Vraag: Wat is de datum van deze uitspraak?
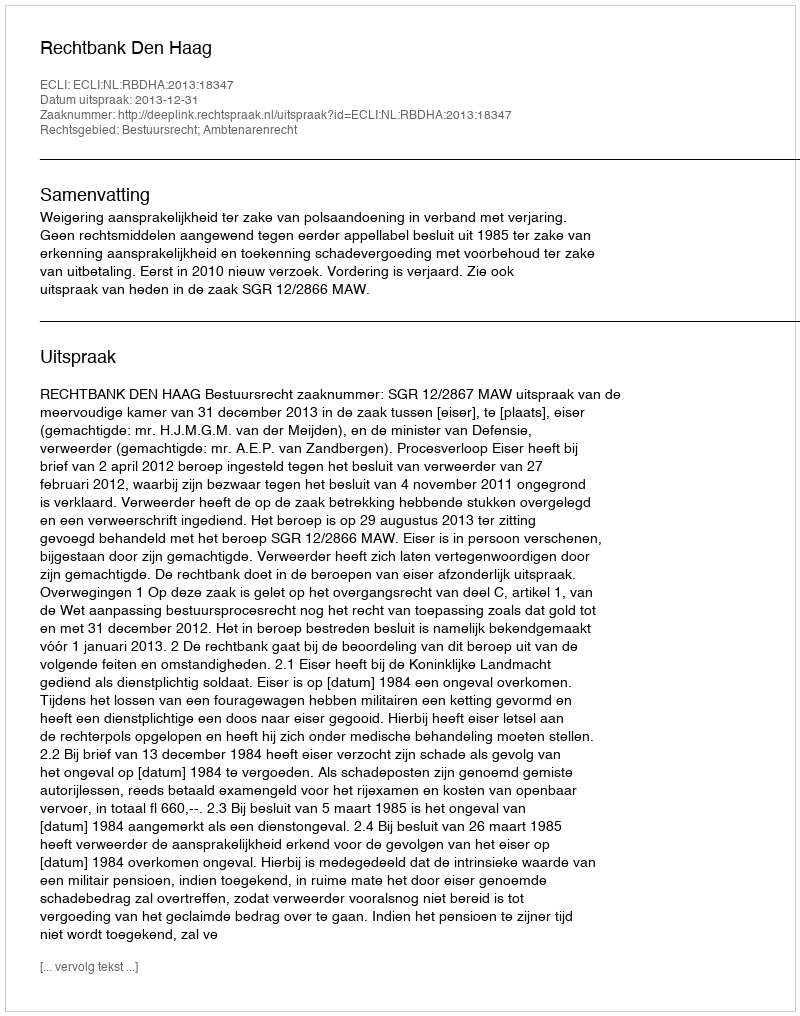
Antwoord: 2013-12-31